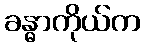
ခန္ဓာကိုယ်က